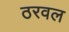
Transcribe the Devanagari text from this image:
ठरवल